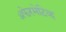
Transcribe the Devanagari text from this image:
ॲफेरमेटिव्ह